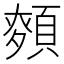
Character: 𮨎